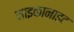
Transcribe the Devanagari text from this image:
माइकानाइट